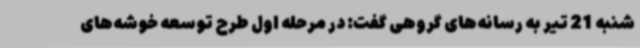
شنبه 21 تیر به رسانه‌های گروهی گفت: در مرحله اول طرح توسعه خوشه‌های